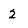
Character: 2